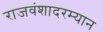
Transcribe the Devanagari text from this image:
राजवंशादरम्यान